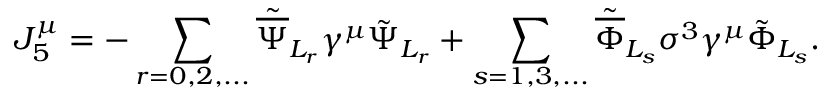
{ J _ { 5 } ^ { \mu } } = - \sum _ { r = 0 , 2 , . . . } { \tilde { \overline { { \Psi } } } } _ { L _ { r } } \gamma ^ { \mu } \tilde { \Psi } _ { L _ { r } } + \sum _ { s = 1 , 3 , . . . } { \tilde { \overline { { \Phi } } } } _ { L _ { s } } \sigma ^ { 3 } \gamma ^ { \mu } \tilde { \Phi } _ { L _ { s } } .